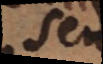
seu